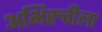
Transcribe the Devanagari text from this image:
अभिरुचीला